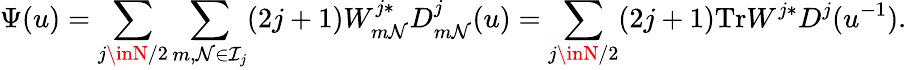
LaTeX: \Psi(u)=\sum_{j\inN/2}\sum_{m,\mathcal{N}\in\mathcal{I}_{j}}(2j+1)W_{m\mathcal{N}}^{j*}D_{m\mathcal{N}}^{j}(u)=\sum_{j\inN/2}(2j+1)\mathrm{{Tr}}W^{j*}D^{j}(u^{-1}).